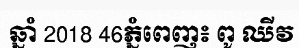
ឆ្នាំ 2018 46ភ្នំពេញ៖ ពូ ឈីវ